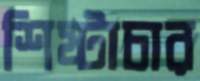
শিষ্টাচার